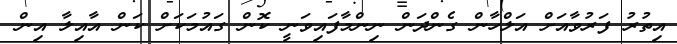
އިތުރު ފަރުވާއަށް އަލްހާން ގެންދަން ނިންމާފައިވަނީ ކޮން ގައުމަކަށް ކަން އާއިލާ އިން